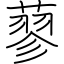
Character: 蓼